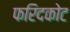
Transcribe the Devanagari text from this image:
फरिदकोट